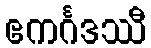
ဧကင်္ဂဒဿီ